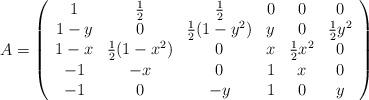
LaTeX: \begin{align*} {A} = \left(\begin{array}{cccccc} 1 & \frac 12 & \frac 12 & 0 & 0 & 0 \\ 1-y & 0 & \frac12 (1-y^2) & y & 0 & \frac12 y^2 \\ 1-x & \frac12 (1-x^2) & 0 & x & \frac12 x^2 & 0 \\ -1 & -x & 0 & 1 & x & 0 \\ -1 & 0 & -y & 1 & 0 & y\end{array}\right)\end{align*}